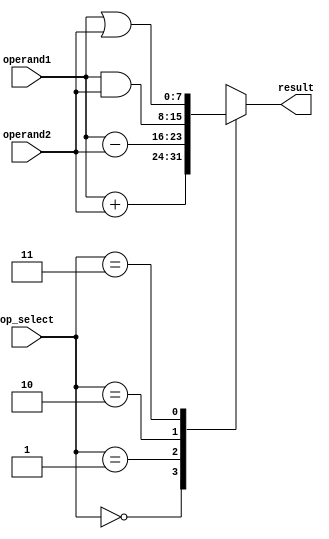
module ALU(
    input wire [1:0] op_select,
    input wire [7:0] operand1,
    input wire [7:0] operand2,
    output reg [7:0] result
);

always @ (op_select or operand1 or operand2)
begin
    case(op_select)
        2'b00: result = operand1 + operand2; // Addition
        2'b01: result = operand1 - operand2; // Subtraction
        2'b10: result = operand1 & operand2; // Bitwise AND
        2'b11: result = operand1 | operand2; // Bitwise OR
        default: result = 8'b0;
    endcase
end

endmodule